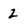
Character: 2